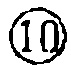
$\boxed{10}$